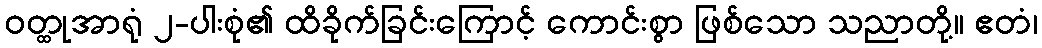
ဝတ္ထုအာရုံ ၂-ပါးစုံ၏ ထိခိုက်ခြင်းကြောင့် ကောင်းစွာ ဖြစ်သော သညာတို့။ ဧတံ၊